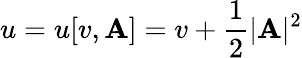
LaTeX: u=u[v,\mathbf{A}]=v+\frac 12|\mathbf{A}|^{2}